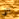
التي